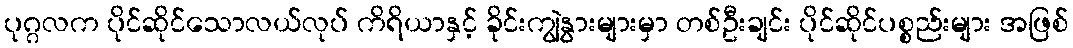
ပုဂ္ဂလက ပိုင်ဆိုင်သောလယ်လုပ် ကိရိယာနှင့် ခိုင်းကျွဲနွားများမှာ တစ်ဦးချင်း ပိုင်ဆိုင်ပစ္စည်းများ အဖြစ်